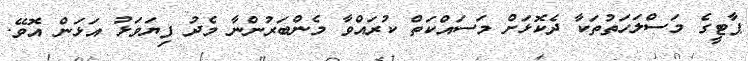
ޕާޓީގެ މަސްލަހަތުތަކާ ދެކޮޅަށް މަސައްކަތް ކުރައްވާ މެންބަރުންނާ މެދު ފިޔަވަޅު އަޅަން އޮވޭ.